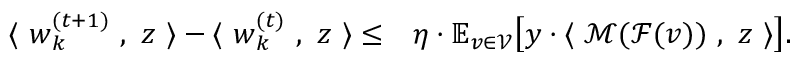
\begin{array} { r l } { \langle ~ { \boldsymbol w } _ { k } ^ { ( t + 1 ) } ~ , ~ { \boldsymbol z } ~ \rangle - \langle ~ { \boldsymbol w } _ { k } ^ { ( t ) } ~ , ~ { \boldsymbol z } ~ \rangle \le } & { \eta \cdot \mathbb { E } _ { v \in \mathcal { V } } \big [ y \cdot \langle ~ \mathcal { M } ( \mathcal { F } ( v ) ) ~ , ~ { \boldsymbol z } ~ \rangle \big ] . } \end{array}